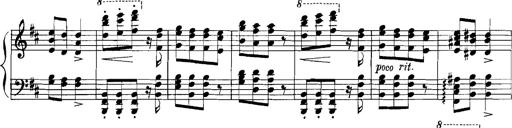
Title: Rhapsodies hongroises
Composer: Franz Liszt